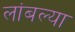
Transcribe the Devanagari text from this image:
लांबल्या